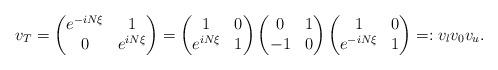
LaTeX: \begin{align*}v_T= \begin{pmatrix}e^{-iN \xi} & 1 \\ 0 & e^{iN\xi}\end{pmatrix}=\begin{pmatrix}1 & 0 \\ e^{iN \xi} & 1 \end{pmatrix}\begin{pmatrix}0 & 1 \\ -1 & 0 \end{pmatrix}\begin{pmatrix}1 & 0 \\ e^{-iN \xi} & 1 \end{pmatrix}=: v_l v_0 v_u.\end{align*}